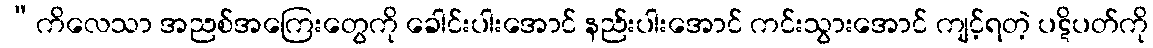
“ကိလေသာ အညစ်အကြေးတွေကို ခေါင်းပါးအောင် နည်းပါးအောင် ကင်းသွားအောင် ကျင့်ရတဲ့ ပဋိပတ်ကို